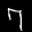
Label: 7